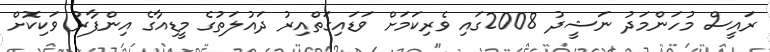
ރައީސް މުހަންމަދު ނަޝީދު 2008ގައި ވެރިކަމަށް ވަޑައިގަތްއިރު ދައުލަތުގެ މީޑިއާގެ އިންފާރު ވަކިކޮށް